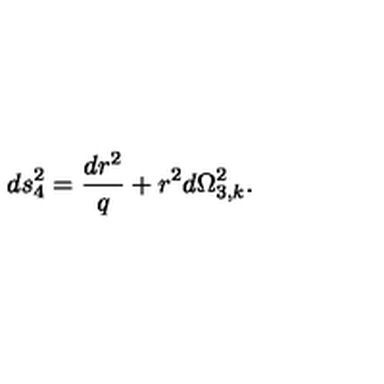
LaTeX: d s _ { 4 } ^ { 2 } = \frac { d r ^ { 2 } } { q } + r ^ { 2 } d \Omega _ { 3 , k } ^ { 2 } .